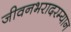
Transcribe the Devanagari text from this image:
जीवनभरादरम्यान